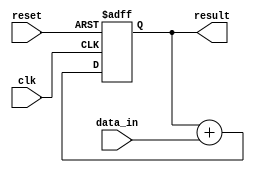
module accumulator (
        input clk,
        input reset,
        input [7:0] data_in,
        output reg [15:0] result
    );
    
    always @(posedge clk or posedge reset) begin
        if (reset) begin
            result <= 16'b0;
        end else begin
            result <= result + data_in;
        end
    end
    
endmodule